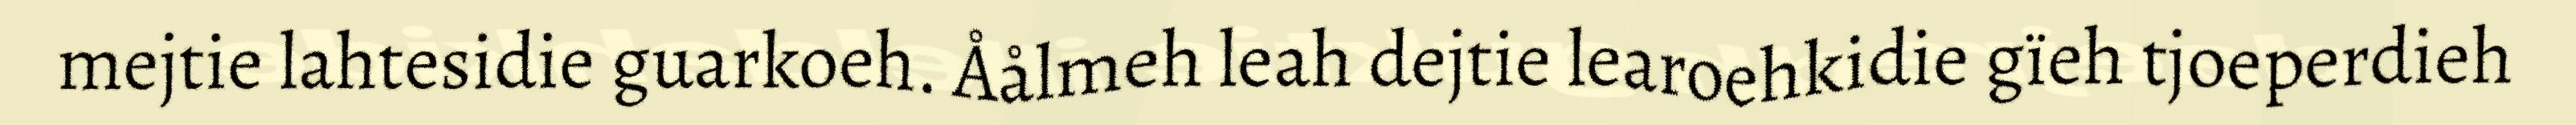
mejtie lahtesidie guarkoeh. Åålmeh leah dejtie learoehkidie gïeh tjoeperdieh